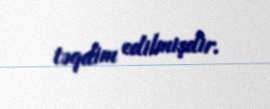
təqdim edilmişdir.